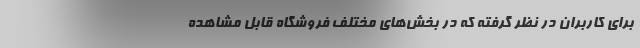
برای کاربران در نظر گرفته که در بخش‌های مختلف فروشگاه قابل مشاهده